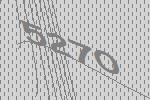
5270